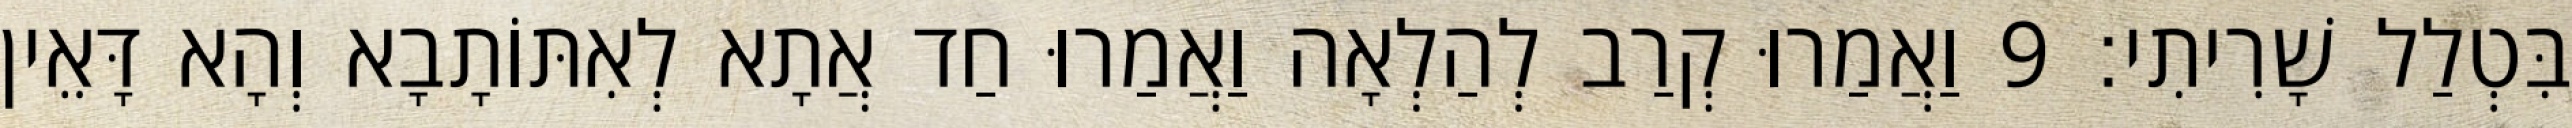
בִּטְלַל שָׁרִיתִי׃ 9 וַאֲמַרוּ קְרַב לְהַלְאָה וַאֲמַרוּ חַד אֲתָא לְאִתּוֹתָבָא וְהָא דָּאֵין